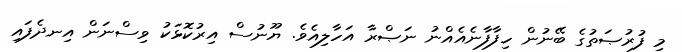
މި ފުރުޞަތުގެ ބޭނުން ހިފާފާނެއެއްނު ނަޞްރާ އަހާލިއެވެ. ޔޫނުސް އިރުކޮޅަކު ވިސްނަން އިނދެފައި